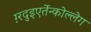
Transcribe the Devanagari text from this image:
ग़्रदुइएर्तेन्कोल्लेग